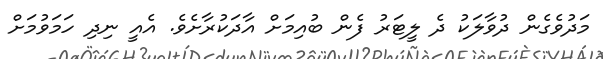
މަދުވެގެން ދުވާލަކު ދެ ލީޓަރު ފެން ބުއިމަށް އާދަކުރާށެވެ. އެއީ ނިދި ހަމަވުމަށް